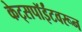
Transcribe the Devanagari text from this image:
केट्सपॉईंटवरून